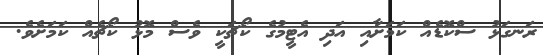
ރަނގަޅު ސްކޮޑެއް ކަމަށާއި އަދި އެޓީމުގެ ކޯޗަކީ ވެސް މޮޅު ކޯޗެއް ކަމަށެވެ.